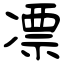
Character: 凓